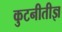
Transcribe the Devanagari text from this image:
कुटनीतीज्ञ